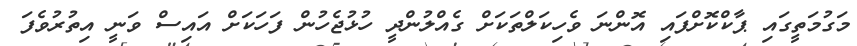
މަގުމަތީގައި ޕާކްކޮށްފައި އޮންނަ ވެހިކަލްތަކަށް ގެއްލުންދީ ހުޅުޖެހުން ފަހަކަށް އައިސް ވަނީ އިތުރުވެފަ